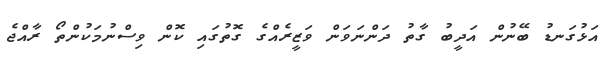
އަޅުގަނޑު ބޭނުން އަދީބު ގާތު ދަންނަވަން ވަޒީރެއްގެ ގޮތުގައި ކޮން ވިސްނުމަކުންތޯ ރާއްޖެ